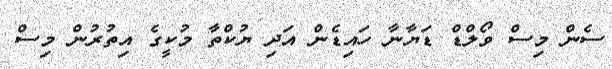
ސެން މިސް ވޯލްޑް ޑަޔާނާ ހައިޑެން އަދި ޔުކްތާ މުކީގެ އިތުރުން މިސް